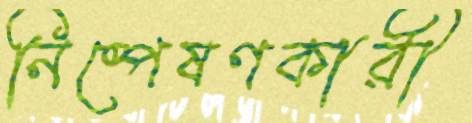
নিষ্পেষণকারী